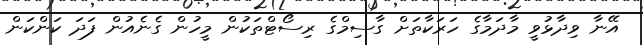
އޭނާ ވިދާޅުވީ މާދަމާގެ ހަރަކާތަށް ގާސިމްގެ ރިސޯޓްތަކުން މީހުން ގެނެއުން ފަދަ ކަންކަން